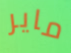
ماير